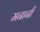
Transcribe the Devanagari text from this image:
मनानी